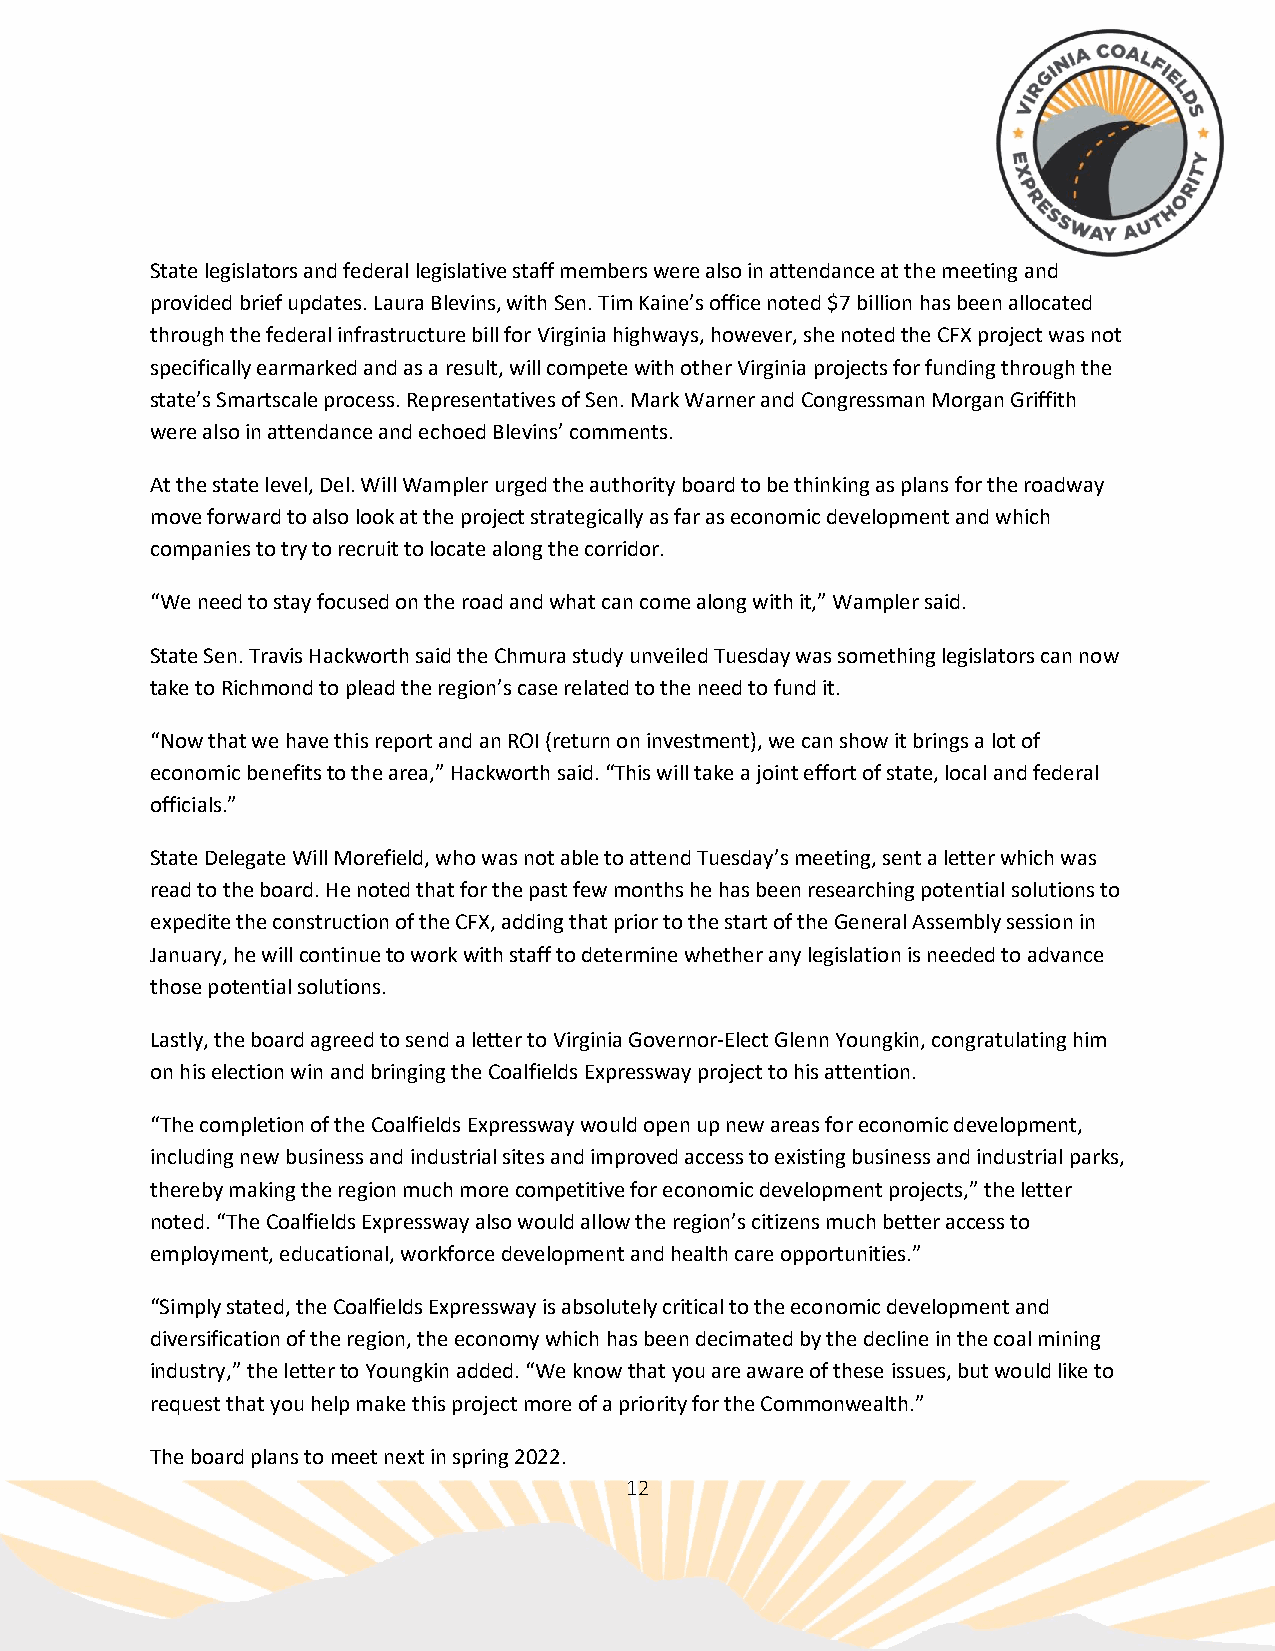
State legislators and federal legislative staff members were also in attendance at the meeting and
 provided brief updates. Laura Blevins, with Sen. Tim Kaine’s office noted $7 billion has been allocated
 through the federal infrastructure bill for Virginia highways, however, she noted the CFX project was not
 specifically earmarked and as a result, will compete with other Virginia projects for funding through the
 state’s Smartscale process. Representatives of Sen. Mark Warner and Congressman Morgan Griffith
 were also in attendance and echoed Blevins’ comments.
 At the state level, Del. Will Wampler urged the authority board to be thinking as plans for the roadway
 move forward to also look at the project strategically as far as economic development and which
 companies to try to recruit to locate along the corridor.
 “We need to stay focused on the road and what can come along with it,” Wampler said.
 State Sen. Travis Hackworth said the Chmura study unveiled Tuesday was something legislators can now
 take to Richmond to plead the region’s case related to the need to fund it.
 “Now that we have this report and an ROI (return on investment), we can show it brings a lot of
 economic benefits to the area,” Hackworth said. “This will take a joint effort of state, local and federal
 officials.”
 State Delegate Will Morefield, who was not able to attend Tuesday’s meeting, sent a letter which was
 read to the board. He noted that for the past few months he has been researching potential solutions to
 expedite the construction of the CFX, adding that prior to the start of the General Assembly session in
 January, he will continue to work with staff to determine whether any legislation is needed to advance
 those potential solutions.
 Lastly, the board agreed to send a letter to Virginia Governor-Elect Glenn Youngkin, congratulating him
 on his election win and bringing the Coalfields Expressway project to his attention.
 “The completion of the Coalfields Expressway would open up new areas for economic development,
 including new business and industrial sites and improved access to existing business and industrial parks,
 thereby making the region much more competitive for economic development projects,” the letter
 noted. “The Coalfields Expressway also would allow the region’s citizens much better access to
 employment, educational, workforce development and health care opportunities.”
 “Simply stated, the Coalfields Expressway is absolutely critical to the economic development and
 diversification of the region, the economy which has been decimated by the decline in the coal mining
 industry,” the letter to Youngkin added. “We know that you are aware of these issues, but would like to
 request that you help make this project more of a priority for the Commonwealth.”
 The board plans to meet next in spring 2022.
 12